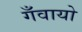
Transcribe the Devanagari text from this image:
गँवायो